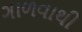
ગાળવાથી